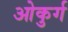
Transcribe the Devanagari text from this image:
ओकुर्ग